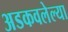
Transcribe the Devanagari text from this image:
अडकवलेल्या